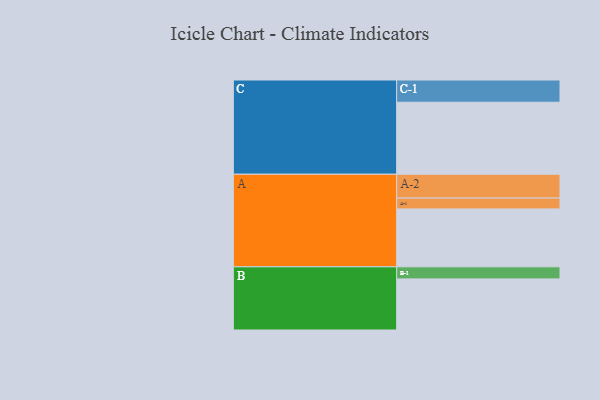
{"axis": {"x": "Segment", "y": "Value"}, "legend": ["", "A", "B", "C"], "data": [{"x": "A", "y": 341, "type": ""}, {"x": "B", "y": 301, "type": ""}, {"x": "C", "y": 424, "type": ""}, {"x": "A-1", "y": 64, "type": "A"}, {"x": "A-2", "y": 140, "type": "A"}, {"x": "B-1", "y": 71, "type": "B"}, {"x": "C-1", "y": 131, "type": "C"}]}